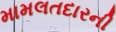
મામલતદારની